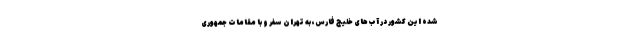
شده این کشور در آب‌های خلیج فارس، به تهران سفر و با مقامات جمهوری